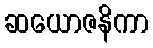
ဆယောဇနိကာ